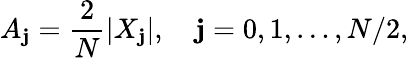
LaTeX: A_{\mathbf{j}}=\frac{{2}}{{N}}|X_{\mathbf{j}}|,\quad\mathbf{j}=0,1,\dots,N/2,